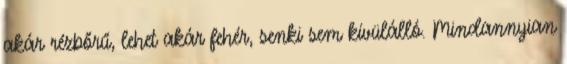
akár rézbőrű, lehet akár fehér, senki sem kívülálló. Mindannyian